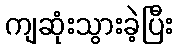
ကျဆုံးသွားခဲ့ပြီး